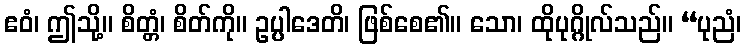
ဧဝံ၊ ဤသို့။ စိတ္တံ၊ စိတ်ကို။ ဥပ္ပါဒေတိ၊ ဖြစ်စေ၏။ သော၊ ထိုပုဂ္ဂိုလ်သည်။ “ပုညံ၊